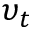
\upsilon _ { t }